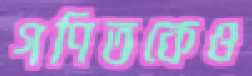
গণিতকেও